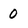
Character: O